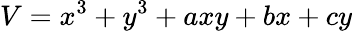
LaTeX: V=x^{3}+y^{3}+axy+bx+cy